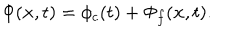
LaTeX: \Phi ( { \bf x } , t ) = \phi _ { c } ( t ) + \Phi _ { f } ( { \bf x } , t ) .